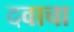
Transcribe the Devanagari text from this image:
दवाचा